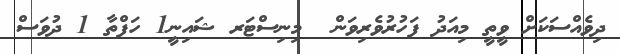
ދިވެއްސަކަށް ވީތީ މިއަދު ފަހުރުވެރިވަން  މިނިސްޓަރ ޝައިނީ1 ހަފްތާ 1 ދުވަސް